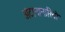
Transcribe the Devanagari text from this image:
अंटानानारिवो